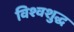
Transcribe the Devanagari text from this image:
विश्वशुद्ध